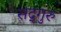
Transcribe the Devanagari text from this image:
सद्‍गुरु